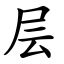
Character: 层